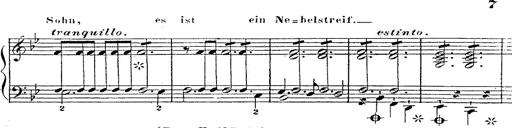
Title: 12 Lieder von Franz Schubert
Composer: Franz Liszt